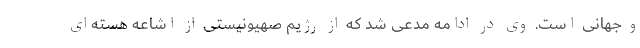
و جهانی است. وی در ادامه مدعی شد که از رژیم صهیونیستی از اشاعه هسته‌ای